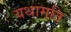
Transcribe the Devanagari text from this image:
यथामति